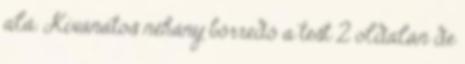
alá. Kívánatos néhány bőrredő a test 2 oldalán de